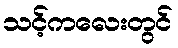
သင့်ကလေးတွင်